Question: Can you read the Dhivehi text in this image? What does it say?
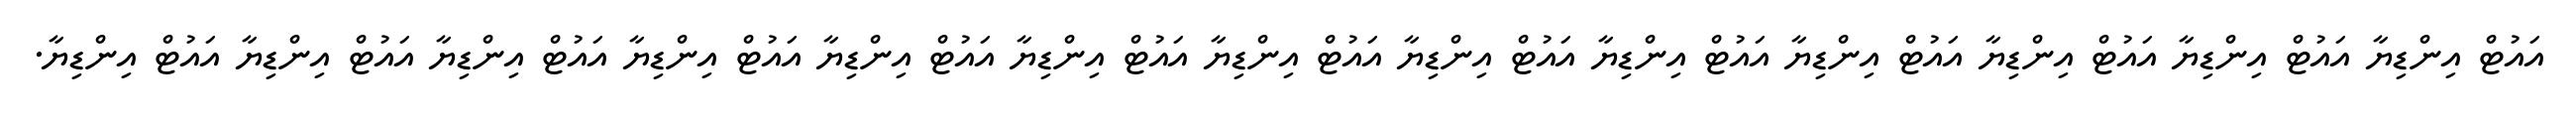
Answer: އައުޓް އިންޑިޔާ އައުޓް އިންޑިޔާ އައުޓް އިންޑިޔާ އައުޓް އިންޑިޔާ އައުޓް އިންޑިޔާ އައުޓް އިންޑިޔާ އައުޓް އިންޑިޔާ އައުޓް އިންޑިޔާ އައުޓް އިންޑިޔާ އައުޓް އިންޑިޔާ އައުޓް އިންޑިޔާ އައުޓް އިންޑިޔާ އައުޓް އިންޑިޔާ.